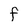
Character: F